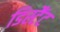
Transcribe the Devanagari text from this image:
डिस्टैंट